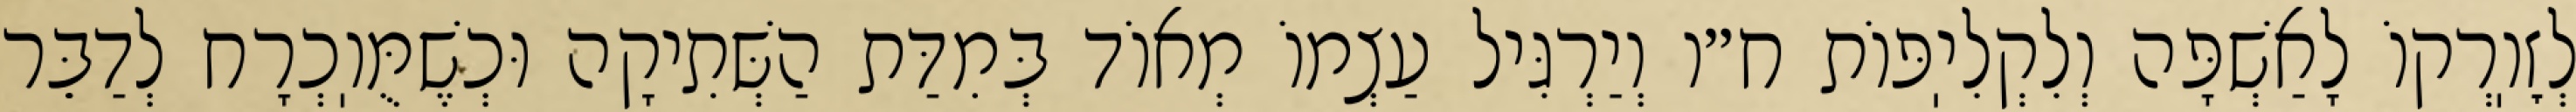
לְזׇוֽרְקוֹ לָאַשְׁפָּה וְלִקְלִיֽפּוֹת ח״ו וְיַרְגִּיל עַצְמוֹ מְאוֹד בְּמִדַּת הַשְּׁתִיקָה וּכְשֶׁמֻּוֽכְרָח לְדַבֵּר